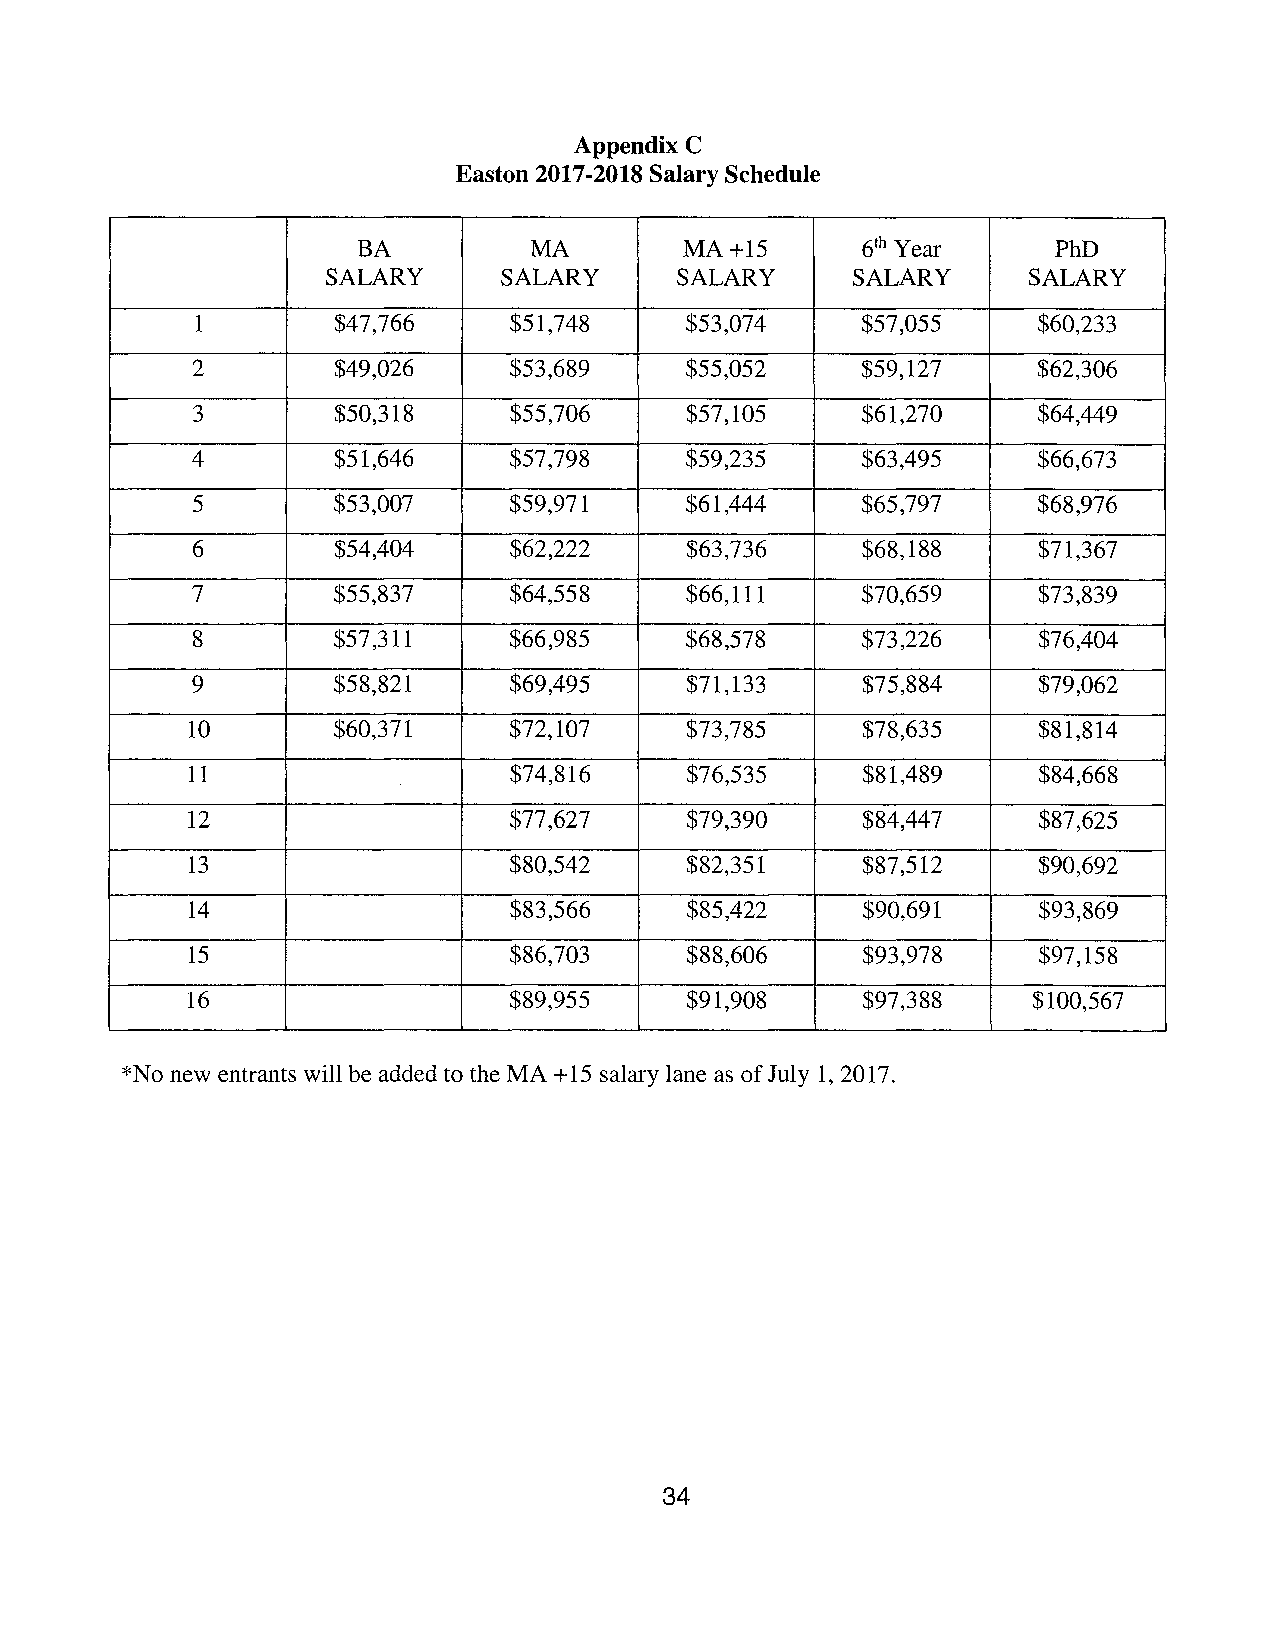
Appendix C
 Easton 2017-2018 Salary Schedule
 BA         MA        MA+15       61 h Year    PhD
 SALARY     SALARY      SALARY     SALARY      SALARY
 1        $47,766     $51,748    $53,074     $57,055     $60,233
 2        $49,026     $53,689    $55,052     $59,127     $62,306
 3        $50,318     $55,706    $57,105     $61,270     $64,449
 4        $51,646     $57,798    $59,235     $63,495     $66,673
 5        $53,007     $59,971    $61,444     $65,797     $68,976
 6        $54,404     $62,222    $63,736     $68,188     $71,367
 7        $55,837     $64,558    $66,111     $70,659     $73,839
 8        $57,311     $66,985    $68,578     $73,226     $76,404
 9        $58,821     $69,495    $71,133     $75,884     $79,062
 10       $60,371     $72,107    $73,785     $78,635     $81,814
 11                   $74,816    $76,535     $81,489     $84,668
 12                    $77,627     $79,390    $84,447     $87,625
 13                   $80,542    $82,351     $87,512     $90,692
 14                   $83,566     $85,422    $90,691     $93,869
 15                   $86,703    $88,606     $93,978     $97,158
 16                    $89,955    $91,908     $97,388    $100,567
 *No new entrants will be added to the MA +15 salary lane as of July 1, 2017.
 34